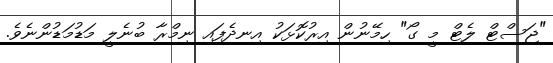
"ޖަސްޓް ލެޓް މީ ގޯ" ހިމޭނުން އިރުކޮޅަކު އިނދެފައި ނިމްރާ ބުނެލީ މަޑުމަޑުންނެވެ.